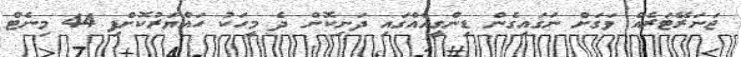
ޖަނަރޭޓަރެއް ވަގަށް ނަގައިގެން ޑިންގީއެއްގައި ދަނިކޮށް ދެ މީހަކު ހައްޔަރުކޮށްފި 44 މިނެޓް